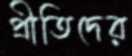
প্রীতিদের